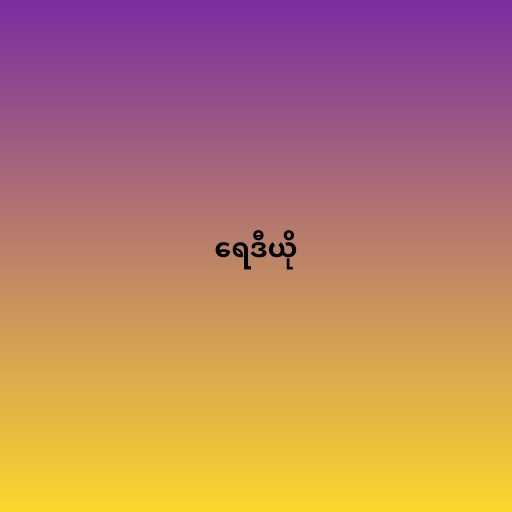
ရေဒီယို